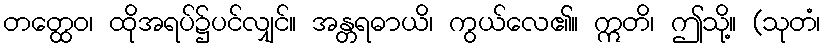
တတ္ထေဝ၊ ထိုအရပ်၌ပင်လျှင်။ အန္တရဓာယိ၊ ကွယ်လေ၏။ ဣတိ၊ ဤသို့။ (သုတံ၊